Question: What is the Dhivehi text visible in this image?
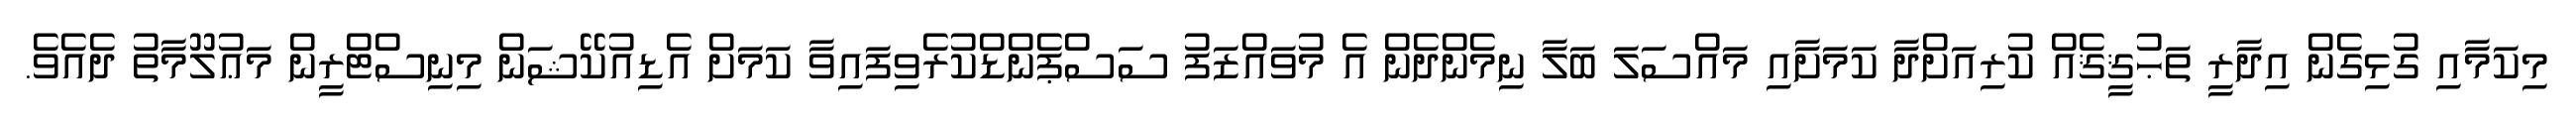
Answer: މިކަމާއި ގުޅިގެން އިދާރީ ތަޙުޤީޤެއް ކުރިއަށްދާ ކަމަށާއި މައްސަލަ ބަލާ ނިމެންދެން އެ މުވައްޒަފު ސަސްޕެންޑްކުރެވިފައިވާ ކަމަށް އެޑިއުކޭޝަން މިނިސްޓްރީން މަޢުލޫމާތު ދެއެވެ.